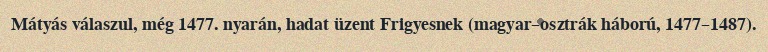
Mátyás válaszul, még 1477. nyarán, hadat üzent Frigyesnek (magyar–osztrák háború, 1477–1487).